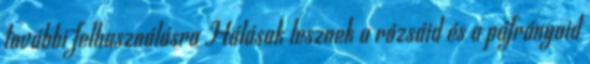
további felhasználásra Hálásak lesznek a rózsáid és a páfrányaid